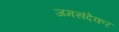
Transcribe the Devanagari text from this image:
जमसंदेकर